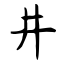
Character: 井